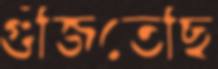
গুঁজিতেছি